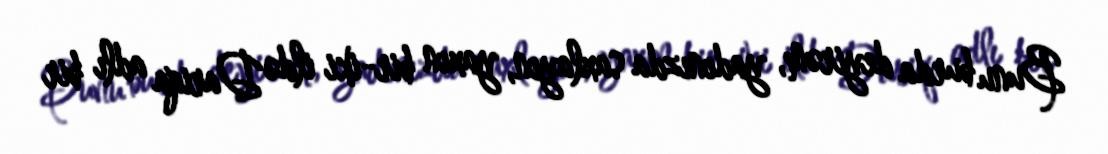
Bunu burda deyirəm, yadınızda saxlayın, yaxın bir-iki ildə Dariqa adlı bir